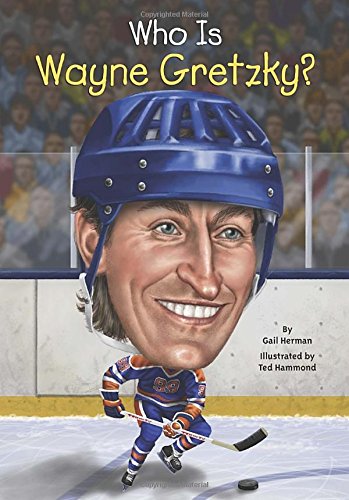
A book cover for Who Is Wayne Gretzky? (Who Was...?); Gail Herman; Children's Books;